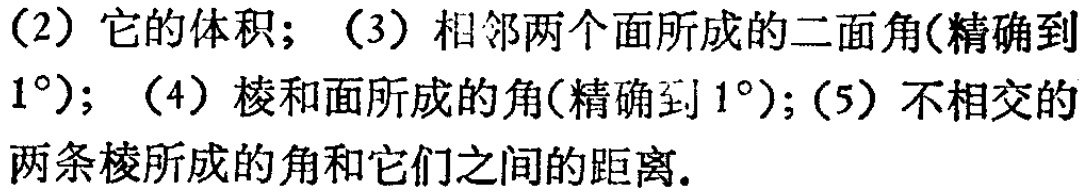
（2）它的体积；（3）相邻两个面所成的二面角(精确到$1^{\circ}$)；（4）棱和面所成的角(精确到$1^{\circ}$)；（5）不相交的两条棱所成的角和它们之间的距离.